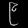
Digit: ၉